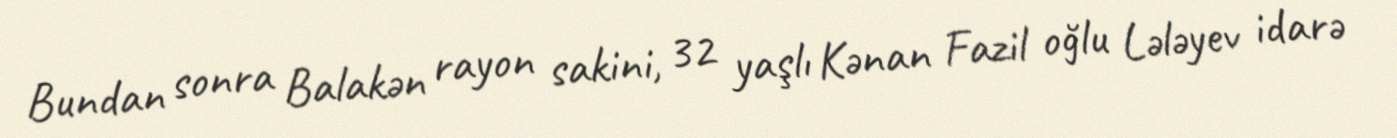
Bundan sonra Balakən rayon sakini, 32 yaşlı Kənan Fazil oğlu Lələyev idarə